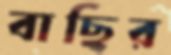
বাছির